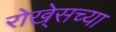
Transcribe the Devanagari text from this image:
रोखे्सच्या